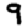
Digit: 9